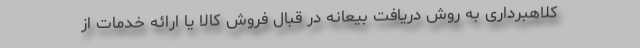
کلاهبرداری به روش دریافت بیعانه در قبال فروش کالا یا ارائه خدمات از